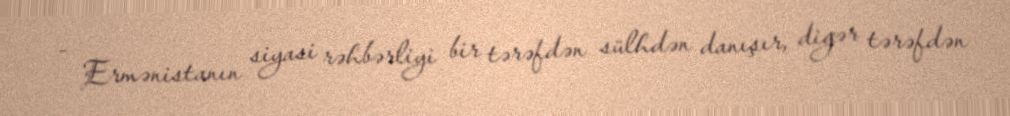
- Ermənistanın siyasi rəhbərliyi bir tərəfdən sülhdən danışır, digər tərəfdən